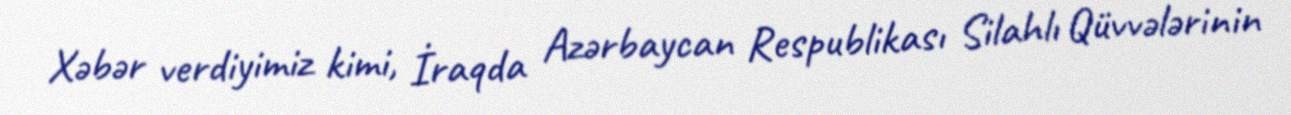
Xəbər verdiyimiz kimi, İraqda Azərbaycan Respublikası Silahlı Qüvvələrinin